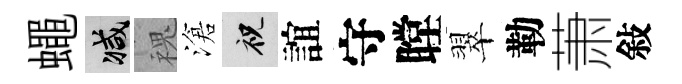
蠅减槐滄祝誼守瞠翠勒萧敍